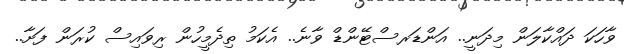
ވާހަކަ ދައްކާލަން މިދަނީ.. އަންޑަރސްޓޭންޑް ވާނެ.. އެކަމު ތިދެމީހުން ރިވައިސް ކުރަން ފަށާ..